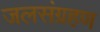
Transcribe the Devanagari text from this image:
जलसंग्रहण